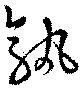
孰